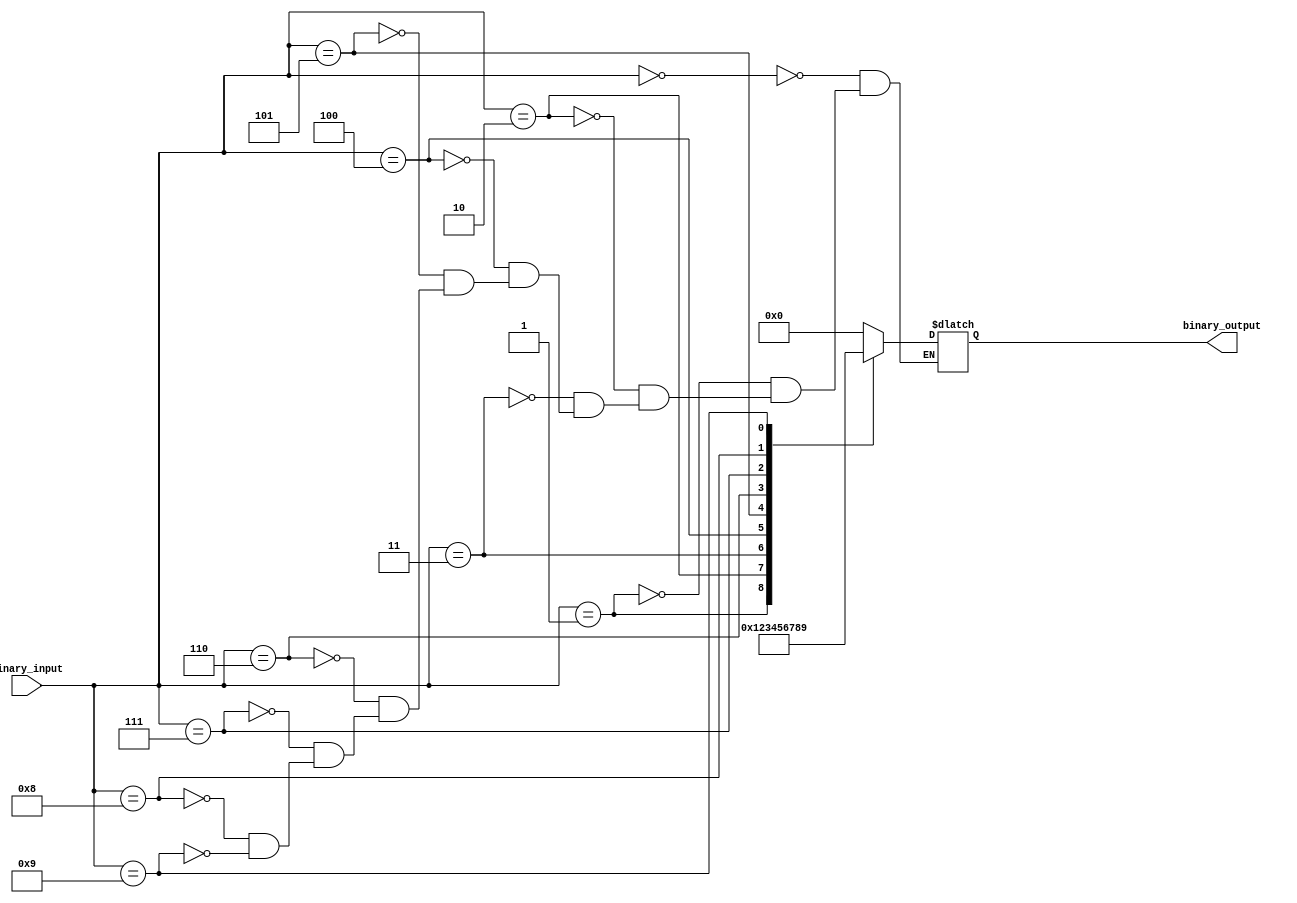
module priority_encoder(
    input [3:0] binary_input,
    output reg [3:0] binary_output
);

always @(*) begin
    case(binary_input)
        4'b0000: binary_output = 4'b0000;
        4'b0001: binary_output = 4'b0001;
        4'b0010: binary_output = 4'b0010;
        4'b0011: binary_output = 4'b0011;
        4'b0100: binary_output = 4'b0100;
        4'b0101: binary_output = 4'b0101;
        4'b0110: binary_output = 4'b0110;
        4'b0111: binary_output = 4'b0111;
        4'b1000: binary_output = 4'b1000;
        4'b1001: binary_output = 4'b1001;
    endcase
end

endmodule